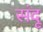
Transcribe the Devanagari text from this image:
संदू